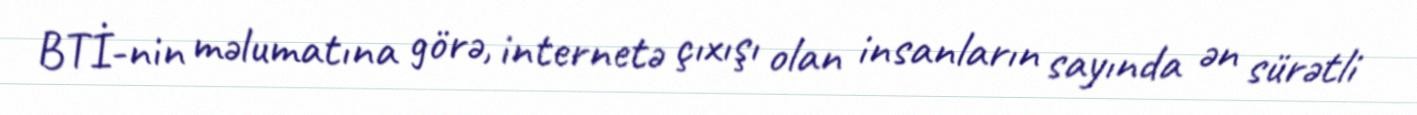
BTİ-nin məlumatına görə, internetə çıxışı olan insanların sayında ən sürətli